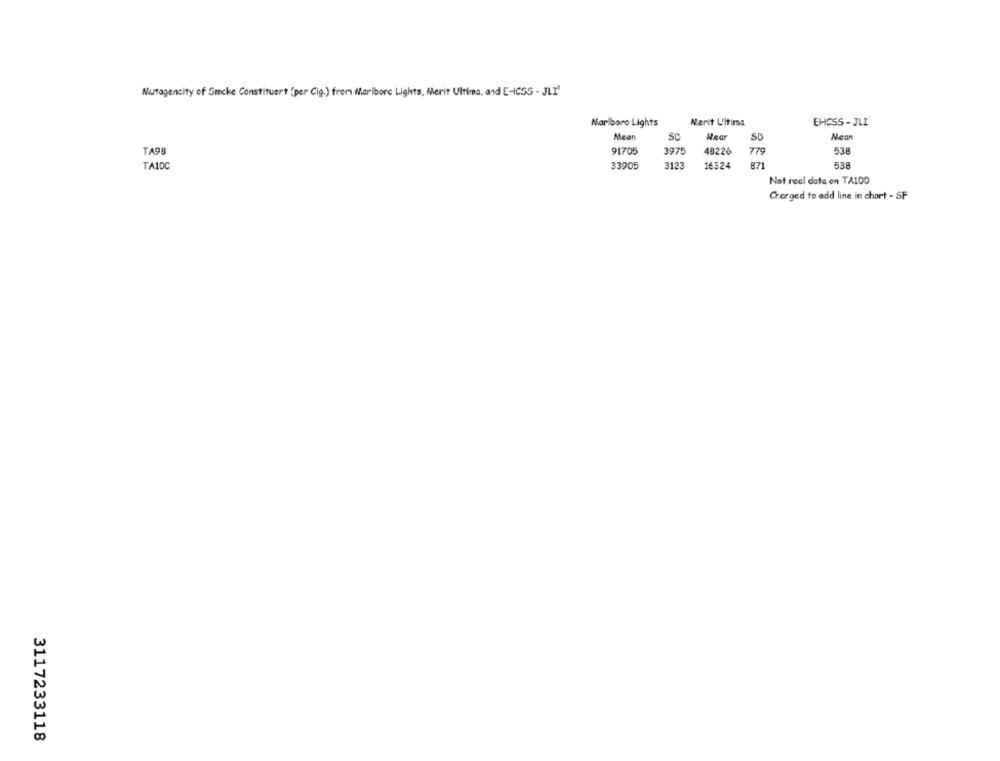
Nutagencity of Smoke Constituert "per Cig.) from Marlboro Lights, Merit Ultima, and E-ICSS - JLI'
Marlboro Lights
Merit Ultima
EHCSS - JLI
Mean
SC
Naan
TA98
91705
3975
48226
79
538
TAIDC
33905
3123
16324
871
538
Not real data on TA100
Charged to add line in chort - SF
3117233118